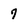
Character: 7